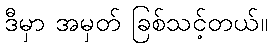
ဒီမှာ အမှတ် ခြစ်သင့်တယ်။